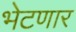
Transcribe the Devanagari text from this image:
भेटणार